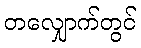
တလျှောက်တွင်